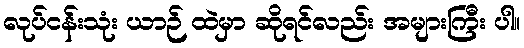
လုပ်ငန်းသုံး ယာဉ် ထဲမှာ ဆိုရင်လည်း အများကြီး ပါ။